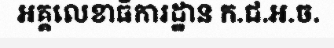
អគ្គលេខាធិការដ្ឋាន ក.ជ.អ.ច.